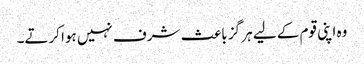
وہ اپنی قوم کے لیے ہر گز باعث شرف نہیں ہوا کرتے۔